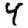
Digit: 4